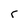
Character: r